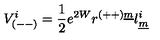
V _ { ( -- ) } ^ { i } = { \frac { 1 } { 2 } } e ^ { 2 W } r ^ { ( + + ) \underline { { m } } } l _ { \underline { { m } } } ^ { i }